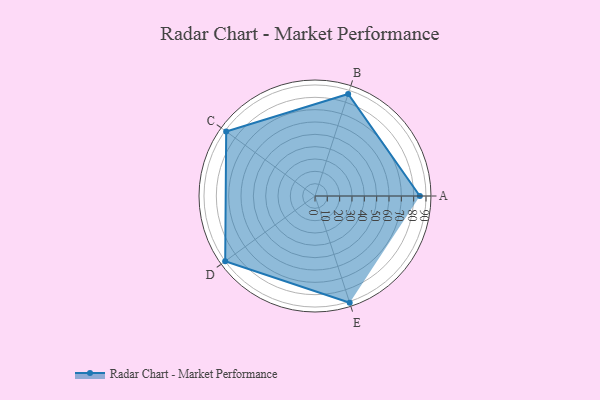
{"axis": {"x": "Skill", "y": "Score"}, "legend": ["Profile"], "data": [{"x": "A", "y": 85.0, "type": "Profile"}, {"x": "B", "y": 87.0, "type": "Profile"}, {"x": "C", "y": 89.0, "type": "Profile"}, {"x": "D", "y": 90.0, "type": "Profile"}, {"x": "E", "y": 91.0, "type": "Profile"}]}